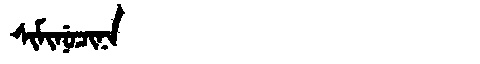
Manchu: ᠰᡳᠮᡳᠨᡠᠴᡳᠨᠠ
Romanization: SIMINUCINA